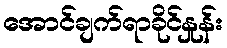
အောင်ချက်ရာခိုင်နှုန်း